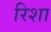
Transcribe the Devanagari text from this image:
रिशा